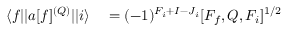
\begin{array} { r l } { \ensuremath { \langle f | | } a [ f ] ^ { ( Q ) } \ensuremath { | | i \rangle } } & { { } = ( - 1 ) ^ { F _ { i } + I - J _ { i } } [ F _ { f } , Q , F _ { i } ] ^ { 1 / 2 } } \end{array}